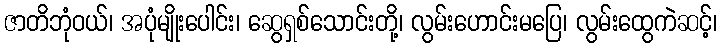
ဇာတိဘုံဝယ်၊ အပုံမျိုးပေါင်း၊ ဆွေရှစ်သောင်းတို့၊ လွမ်းဟောင်းမပြေ၊ လွမ်းထွေကဲဆင့်၊